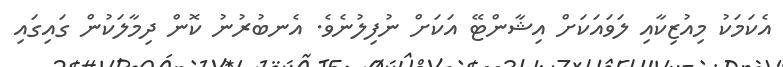
އެކަމަކު މިއުޒިކާއި ލަވައަކަށް އިޝާންޓޭ އަކަށް ނުފިލުނެވެ. އެނބުރުނު ކޮން ދިމާލަކުން ގައިގައި